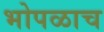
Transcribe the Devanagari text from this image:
भोपळाच